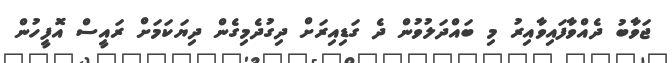
ޖަވާބު ދެއްވާފައިވާއިރު މި ބައްދަލުވުން ދެ ގަޑިއިރަށް ދިގުދެމިގެން ދިޔަކަމަށް ރައީސް އޮފީހުން